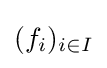
(f_{i})_{i\in I}